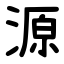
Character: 源